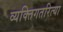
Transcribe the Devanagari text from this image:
व्यक्तिगतरित्या